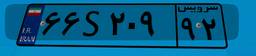
۳۳S۲۲۹۳۶